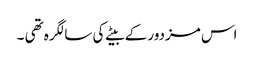
اس مزدور کے بیٹے کی سالگرہ تھی ۔